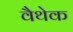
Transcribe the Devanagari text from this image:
वैथेक